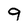
Character: 9